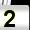
Digit: 2